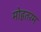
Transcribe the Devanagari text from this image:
मोहतरम